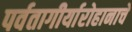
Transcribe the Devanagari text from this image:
पर्वतागीर्यारोहानाचे